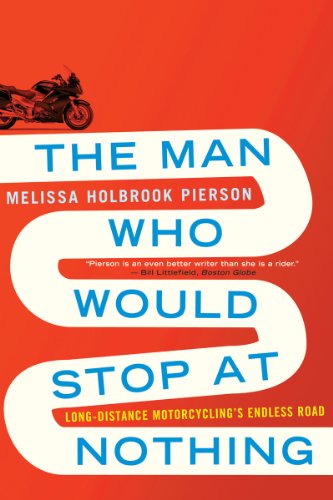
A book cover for The Man Who Would Stop at Nothing: Long-Distance Motorcycling's Endless Road; Melissa Holbrook Pierson; Engineering & Transportation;